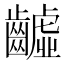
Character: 𪙫